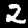
Label: 2